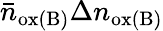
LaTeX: \bar{n}_{\mathrm{ox(B)}}\Delta n_{\mathrm{ox(B)}}